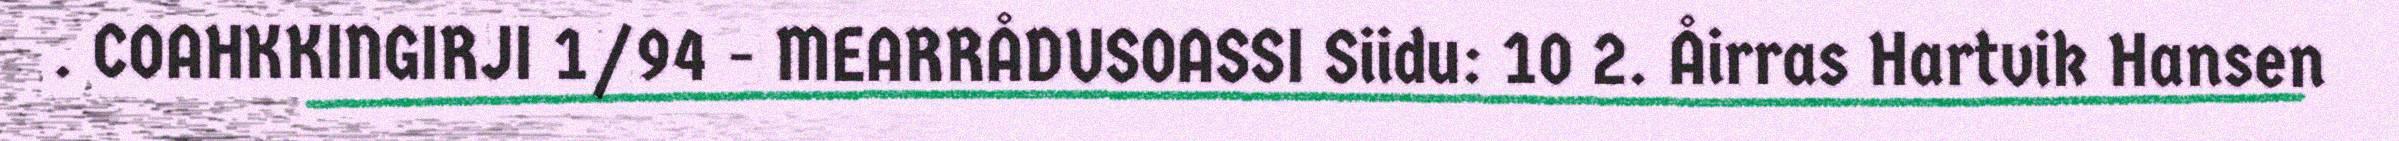
. COAHKKINGIRJI 1/94 - MEARRÅDUSOASSI Siidu: 10 2. Åirras Hartvik Hansen